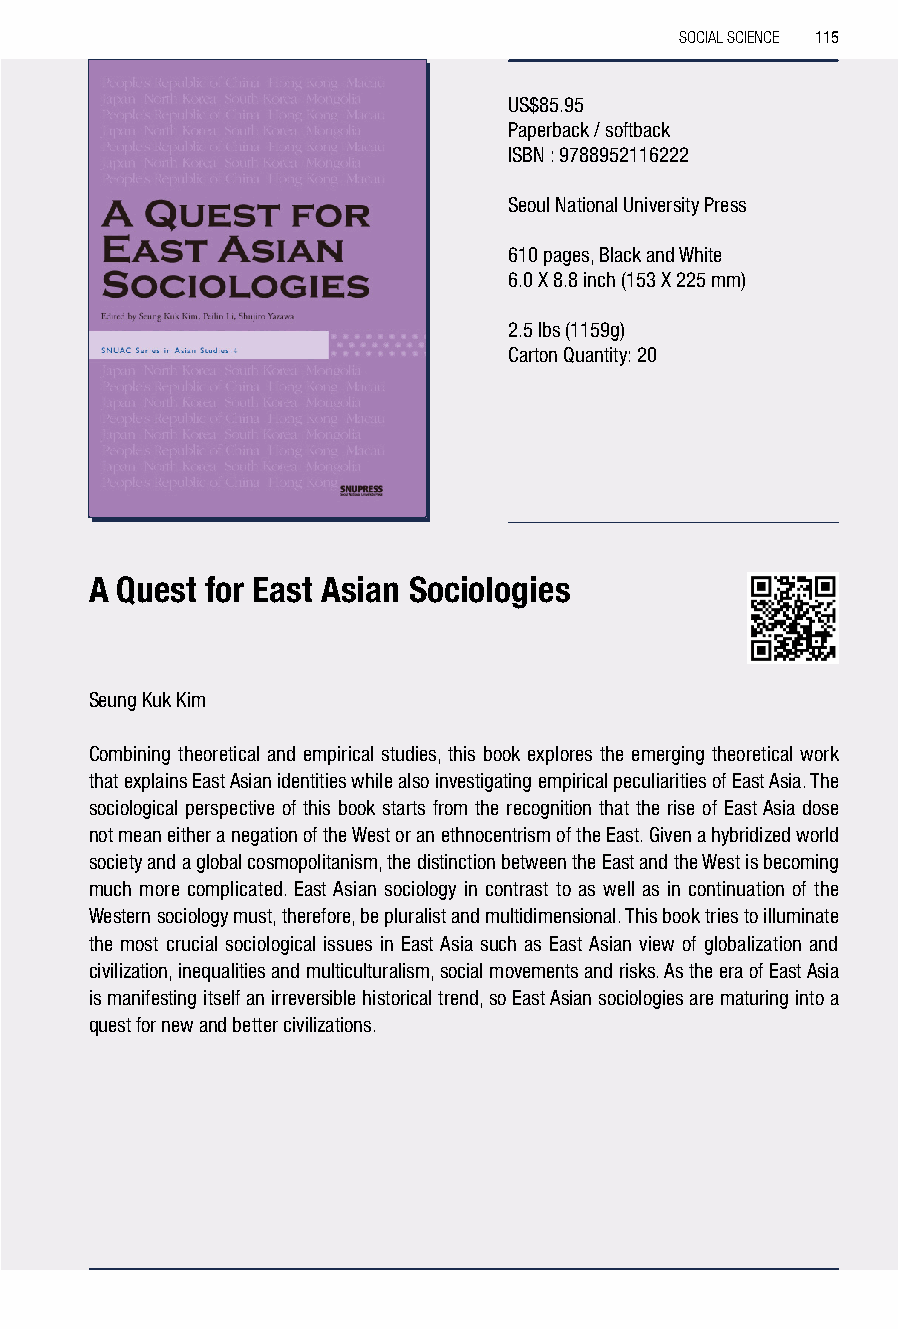
SOCIAL SCIENCE 115
 US$85.95
 Paperback / softback
 ISBN : 9788952116222
 Seoul National University Press
 610 pages, Black and White
 6.0 X 8.8 inch (153 X 225 mm)
 2.5 lbs (1159g)
 Carton Quantity: 20
 A Quest for East Asian Sociologies
 Seung Kuk Kim
 Combining theoretical and empirical studies, this book explores the emerging theoretical work
 that explains East Asian identities while also investigating empirical peculiarities of East Asia. The
 sociological perspective of this book starts from the recognition that the rise of East Asia dose
 not mean either a negation of the West or an ethnocentrism of the East. Given a hybridized world
 society and a global cosmopolitanism, the distinction between the East and the West is becoming
 much more complicated. East Asian sociology in contrast to as well as in continuation of the
 Western sociology must, therefore, be pluralist and multidimensional. This book tries to illuminate
 the most crucial sociological issues in East Asia such as East Asian view of globalization and
 civilization, inequalities and multiculturalism, social movements and risks. As the era of East Asia
 is manifesting itself an irreversible historical trend, so East Asian sociologies are maturing into a
 quest for new and better civilizations.